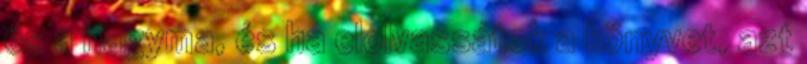
és a hagyma, és ha elolvassátok a könyvet, azt